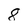
Character: 8